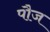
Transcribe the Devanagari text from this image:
पौज